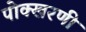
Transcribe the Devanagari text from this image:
पोक्खरणी